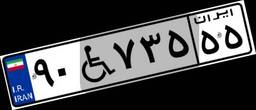
۹۰W۷۳۵۵۵